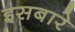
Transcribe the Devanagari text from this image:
इसबारे